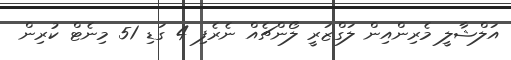
އަލްޝާލީ މެރިންއިން ލަގްޒަރީ ލޯންޗެއް ނެރެފި 4 ގަޑި 51 މިނެޓް ކުރިން